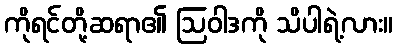
ကိုရင်တို့ဆရာ၏ ဩဝါဒကို သိပါရဲ့လား။